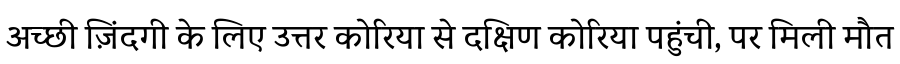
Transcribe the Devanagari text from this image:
अच्छी ज़िंदगी के लिए उत्तर कोरिया से दक्षिण कोरिया पहुंची, पर मिली मौत